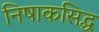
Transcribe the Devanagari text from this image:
निषाकसिद्ध